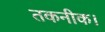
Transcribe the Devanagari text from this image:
तकनीक।